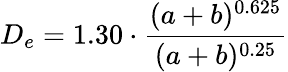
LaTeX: D_{e}=1.30\cdot{\frac{(a+b)^{0.625}}{(a+b)^{0.25}}}